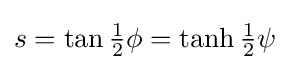
{\textstyle s=\tan {\tfrac {1}{2}}\phi =\tanh {\tfrac {1}{2}}\psi }